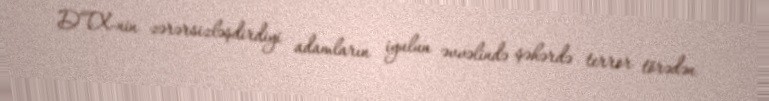
DTX-nin zərərsizləşdirdiyi adamların iyulun əvvəlində şəhərdə terror törədən